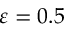
\varepsilon = 0 . 5